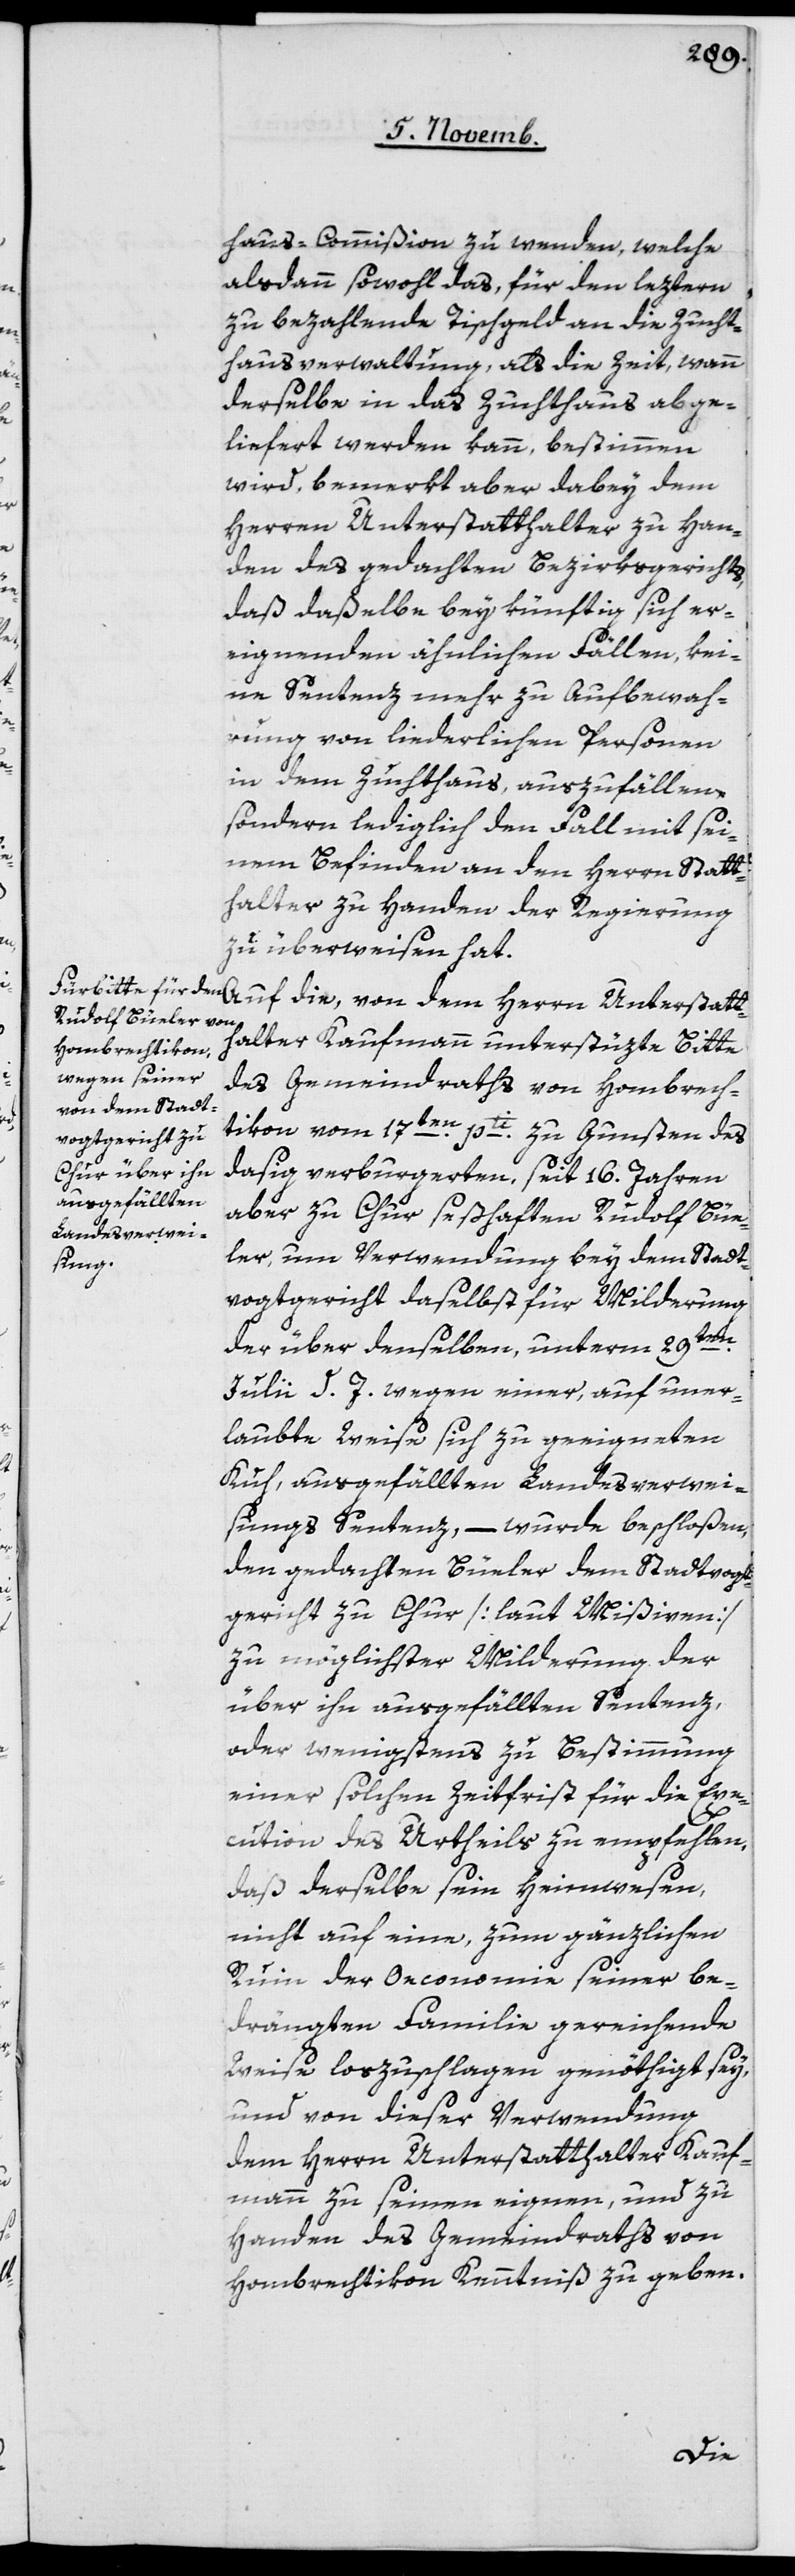
haus-Commißion zu wenden, welche
alsdann sowohl das, für den leztern
zu bezahlende Tischgeld an die Zucht¬
hausverwaltung, als die Zeit, wann
derselbe in das Zuchthaus abge¬
liefert werden kann, bestimmen
wird, bemerkt aber dabey dem
Herren Unterstatthalter zu Han¬
den des gedachten Bezirksgerichts,
daß daßelbe bey künftig sich er¬
eignenden ähnlichen Fällen, kei¬
ne Sentenz mehr zu Aufbewah¬
rung von liederlichen Personen
in dem Zuchthaus auszufällen,
sondern lediglich den Fall mit sei¬
nem Befinden an den Herrn Statt¬
halter zu Handen der Regierung
zu überweisen hat.
Auf die, von dem Herrn Unterstatt¬
halter Kaufmann unterstüzte Bitte
des Gemeindraths von Hombrech¬
tikon vom 17ten pti zu Gunsten des
dasig verburgerten, seit 16 Jahren
aber zu Chur seßhaften Rudolf Büe¬
ler, um Verwendung bey dem Stadt¬
vogtgericht daselbst für Milderung
der über denselben, unterm 29ten
Julii d. J. wegen einer, auf uner¬
laubte Weise sich zu geeigneten
Kuh, ausgefällten Landesverwei¬
sungs Sentenz, – wurde beschloßen,
den gedachten Büeler dem Stadtvogt¬
gericht zu Chur [laut Mißiven]
zu möglichster Milderung der
über ihn ausgefällten Sentenz,
oder wenigstens zu Bestimmung
einer solchen Zeitfrist für die Exe¬
cution des Urtheils zu empfehlen,
daß derselbe sein Heimwesen,
nicht auf eine, zum gänzlichen
Ruin der Oeconomie seiner be¬
drängten Familie gereichende
Weise loszuschlagen genöthigt sey,
und von dieser Verwendung
dem Herrn Unterstatthalter Kauf¬
mann zu seinen eignen, und zu
Handen des Gemeindraths von
Hombrechtikon Kenntniß zu geben.